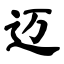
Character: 迈